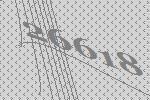
26618